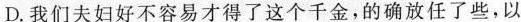
D.我们夫妇好不容易才得了这个千金，的确放任了些，以